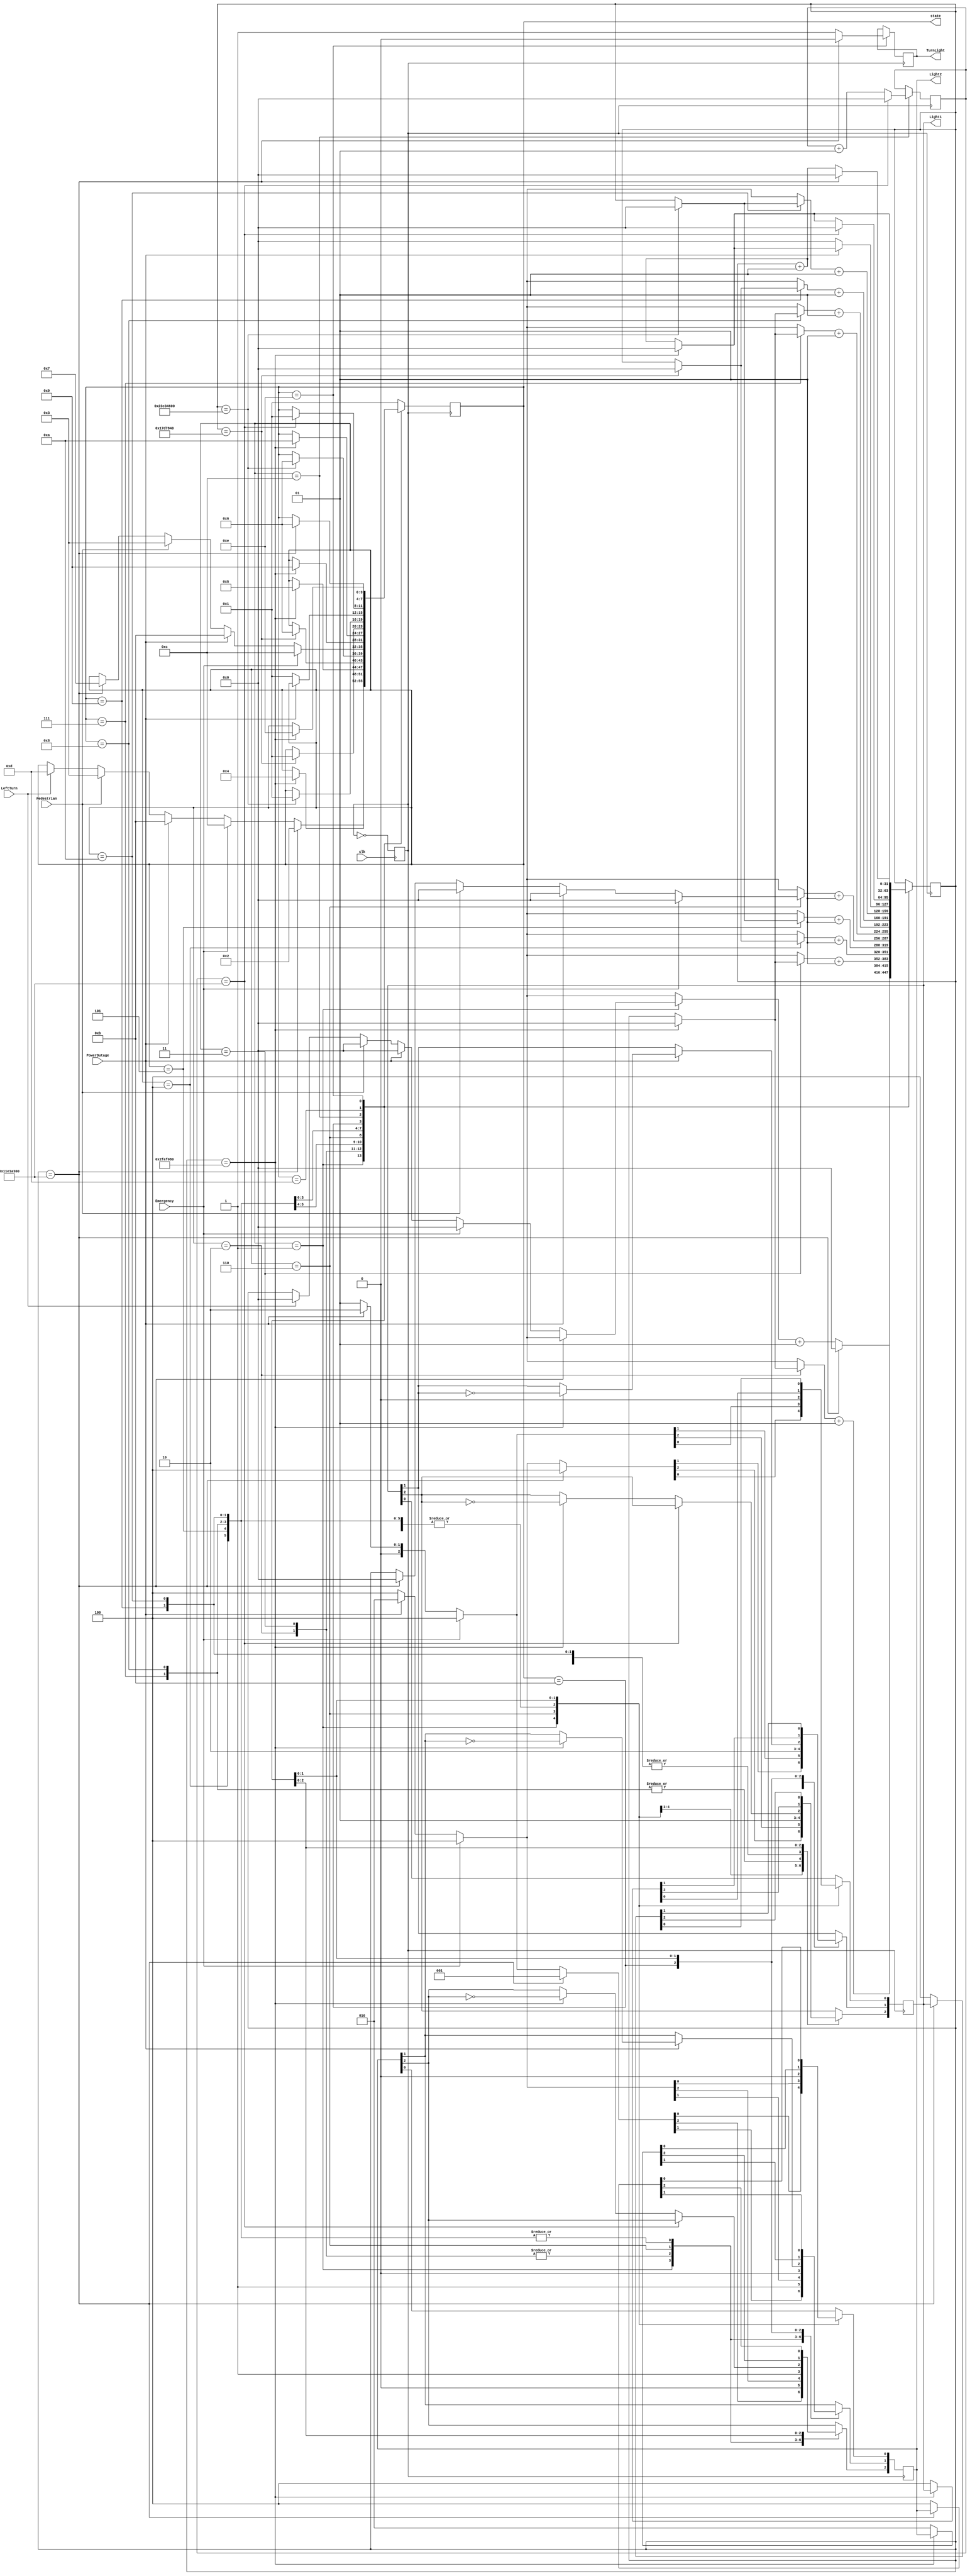
  
`timescale 1ns / 1ps
//////////////////////////////////////////////////////////////////////////////////
// Company: 
// Engineer: 
// 
// Design Name: 
// Module Name: Main
// Project Name: 
// Target Devices: 
// Tool Versions: 
// Description: 
// 
// Dependencies: 
// 
// Revision:
// Revision 0.01 - File Created
// Additional Comments:
// 
//////////////////////////////////////////////////////////////////////////////////


module Main(
    input Emergency,
    input PowerOutage,
    input Pedestrian,
    input LeftTurn,
    input clk,
    output reg [2:0] Light1,
    output reg [2:0] Light2,
    output reg TurnLight,
    output reg [3:0] state
    );
   reg divclk ;
   integer delayCount;
   integer delayCount2;
    initial begin
        state = 4'b0001;
        delayCount = 0;
        delayCount2 = 0;
        divclk = 1'b0;
    end
    
    always@(posedge clk)begin
        divclk = ~divclk;
    end
    
    always @(posedge divclk)
    begin
        case(state)
            4'b0001: //state 1
				begin
                   Light1 = 3'b100; //red
                   Light2 = 3'b001; //green
					
					if(delayCount == 300000000)begin
                       delayCount = 0;
					   state = 4'b0010; 
					end
		            
		            else begin
		               if(Emergency == 1'b1)begin
					        delayCount = 0;
                            Light1 = 3'b100; //red
                            Light2 = 3'b100; //red                            
							state = 4'b1100; //goes to emergency state
					   end
						else if(PowerOutage == 1'b1) begin
					        delayCount = 0;
                            Light1 = 3'b010; //yellow
                            Light2 = 3'b010; //yellow
							state = 4'b1011; //goes to poweroutage state
						end
						else if(Pedestrian == 1'b1)begin
					        delayCount = 0;
							state = 4'b0011; //goes to pedestrain state
						end
                        else if(LeftTurn == 1'b1)begin
					        delayCount = 0;
							state = 4'b1101; //goes to leftturn state
						end

						delayCount = delayCount +1;                   
		            end    
		               
				end
        
           4'b0010: //state 2
            begin
                Light1 = 3'b100; //red
                Light2 = 3'b010; //yellow
                if(delayCount == 50000000)begin
                    delayCount = 0;
                    state = 4'b0100; //state 4
                end
                delayCount = delayCount+1;
            end
            
            4'b0011: //state 3
            begin
                Light1 = 3'b100; //red
                Light2 = 3'b010; //yellow
                if(delayCount == 50000000)begin
                    delayCount = 0;
                    state = 4'b0101; //state 5
                end
                delayCount = delayCount+1;
            end
            4'b0100: //state 4
            begin 
                Light1 = 3'b100; //red
                Light2 = 3'b100; //red
                if(delayCount ==25000000)begin
                    delayCount = 0;
                    state = 4'b0110; //state 6
                end
                delayCount = delayCount+1;
            end
            4'b0101: //state 5
            begin
                Light1 = 3'b100; //red
                Light2 = 3'b100; //red
               
                if(delayCount ==600000000)begin
                    delayCount = 0;
                    state = 4'b0110; //state 6
                end
                delayCount = delayCount+1;
            end
            4'b0110: //state 6
              begin
                    Light1 = 3'b001; //green
                    Light2 = 3'b100; //red
                    
                    if(delayCount == 300000000)begin
                        delayCount = 0;
                        state = 4'b0111; //state 7
                    end
                    
                    if(Emergency == 1'b1)
                    begin
                        delayCount = 0;
                        Light1 = 3'b100; //red
                        Light2 = 3'b100; //red  
                        state = 4'b1100; //goes to emergency state
                    end
                    else if(PowerOutage == 1'b1)
                    begin
                        delayCount =0;
                        Light1 = 3'b010; //yellow
                        Light2 = 3'b010; //yellow
                        state = 4'b1011;; //goes to poweroutage state
                    end
                    else if(Pedestrian == 1'b1)
                    begin
                        delayCount = 0;
                        state = 4'b0011; //goes to pedestrain state
                    end                   
                    
                    delayCount = delayCount +1;
                end
            4'b0111: //state 7
            begin
                Light1 = 3'b010; //yellow
                Light2 = 3'b100; //red
                if(delayCount == 50000000)begin
                    delayCount =0;
                    state = 4'b1001; //state 9
                end
                delayCount = delayCount+1;
            end
            4'b1000: //state 8
            begin
                Light1 = 3'b010; //yellow
                Light2 = 3'b100; //red
                if(delayCount == 50000000)begin
                    delayCount = 0;
                    state = 4'b1010; //state 10
                end
                delayCount = delayCount+1;
            end
            4'b1001: //state 9
            begin
                Light1 = 3'b100; //red
                Light2 = 3'b100; //red
                if(delayCount == 25000000)begin
                    delayCount =0;
                    state = 4'b0001; //state 1
                end
                delayCount = delayCount+1;
            end
            4'b1010: //state 10
            begin
                Light1 = 3'b100; //red
                Light2 = 3'b100; //red
                if(delayCount == 600000000)begin
                    delayCount = 0;
                    state = 4'b0001; //state 1
                end
                delayCount = delayCount+1;
            end
            4'b1011: //state 11
            begin
                if(PowerOutage == 1)
                begin

                    if(delayCount == 50000000)
                    begin
                        Light1[1] = ~Light1[1];
                        Light2[1] = ~Light2[1];
                        delayCount = 0;
                    end
                    else
                    begin
                        delayCount = delayCount + 1;
                    end
                        
                end
                else
                begin
                    delayCount = 0;
                    state = 4'b0001; //state 1
                end
            end

            4'b1100: //state 12
            begin
                if(delayCount2 == 300000000)
                begin
                    delayCount = 0;
                    delayCount2 = 0;
                    state = 4'b0001; //state 1
                end
                else
                begin
                    delayCount2 = delayCount2 + 1;
                    if(delayCount == 50000000)
                    begin
                        Light1[2] = ~Light1[2];
                        Light2[2] = ~Light2[2];
                        delayCount = 0;
                    end
                    else
                    begin
                        delayCount = delayCount + 1;
                    end
                end
            end
            4'b1101: //state 13
            begin 
                if(delayCount == 50000000)
                begin
                    delayCount = 0;
                    state = 4'b1110; //state 14
                end
                else
                begin
                    Light1 = 3'b100; //red
                    Light2 = 3'b010; //yellow
                    
                    delayCount = delayCount + 1;
                end
            end
            
            4'b1110: //state 14
            begin 
                if(delayCount == 300000000)
                begin
                    delayCount = 0;
                    state = 4'b0110; //state 6
                    TurnLight = 1'b0; //off
                end
                else
                begin
                    Light1 = 3'b100; //red
                    Light2 = 3'b100; //red
                    TurnLight = 1'b1; //on
                    
                    delayCount = delayCount + 1;
                end
            end

            default: state = 4'b0001; // catch other possibilities
            
        endcase
    end
    
endmodule